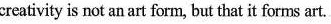
creativity is not an art form, but that it forms art.